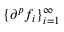
\{ \partial ^ { p } f _ { i } \} _ { i = 1 } ^ { \infty }